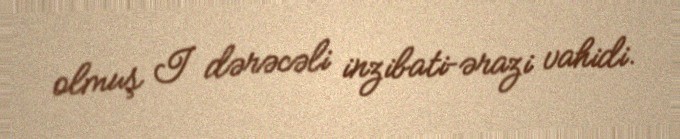
olmuş I dərəcəli inzibati–ərazi vahidi.